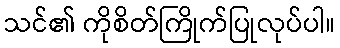
သင်၏ ကိုစိတ်ကြိုက်ပြုလုပ်ပါ။